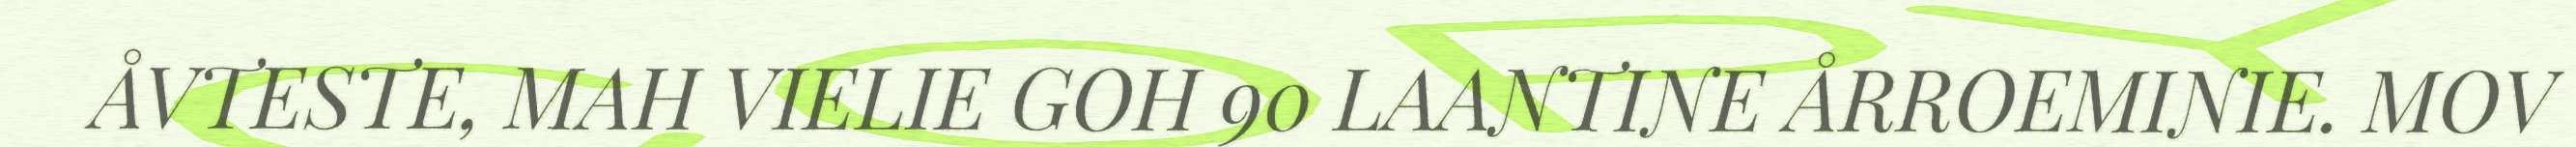
ÅVTESTE, MAH VIELIE GOH 90 LAANTINE ÅRROEMINIE. MOV